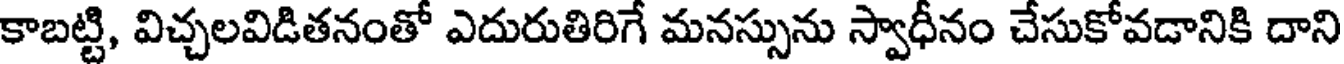
కాబట్టి, విచ్చలవిడితనంతో ఎదురుతిరిగే మనస్సును స్వాధీనం చేసుకోవడానికి దాని